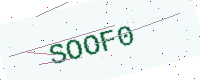
Text: SOOF0